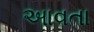
આવતા